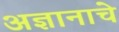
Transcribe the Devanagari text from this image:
अज्ञानाचे